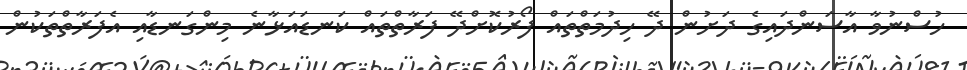
ހުސްނުވާ އާސަަންދައިގެ ދަށުން ދޭ ހިދުމަތްތައް ފޯރުކޮށްދޭ ފަރާތްތަައް ކަނޑައަޅާނެ މިންގަނޑާއި އެފަރާތްތަކުން